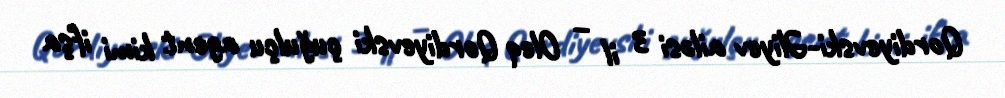
Qordiyevski-Əliyev ailəsi 3 il – Oleq Qordiyevski çuğulçu agent kimi ifşa